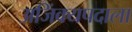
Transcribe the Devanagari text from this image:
अजिंक्यपदाला